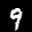
Label: 9